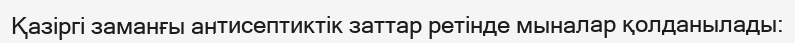
Қазіргі заманғы антисептиктік заттар ретінде мыналар қолданылады: